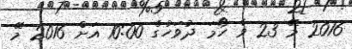
2016 މޭ 23 ވާ ހޯމަ ދުވަހުގެ 10:00 އަށް 2016 މޭ